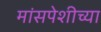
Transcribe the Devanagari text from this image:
मांसपेशीच्या